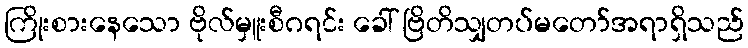
ကြိုးစားနေသော ဗိုလ်မှူးစီဂရင်း ခေါ် ဗြိတိသျှတပ်မတော်အရာရှိသည်